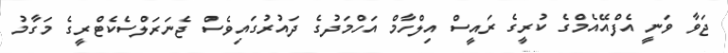
ޖަވާ ވަނީ އެފްއޭއެމްގެ ކުރީގެ ރައީސް އިލްހާމް އަހްމަދުގެ ދައުރުގައިވެސް ޖެނަރަލްސެކެޓްރީގެ މަގާމު